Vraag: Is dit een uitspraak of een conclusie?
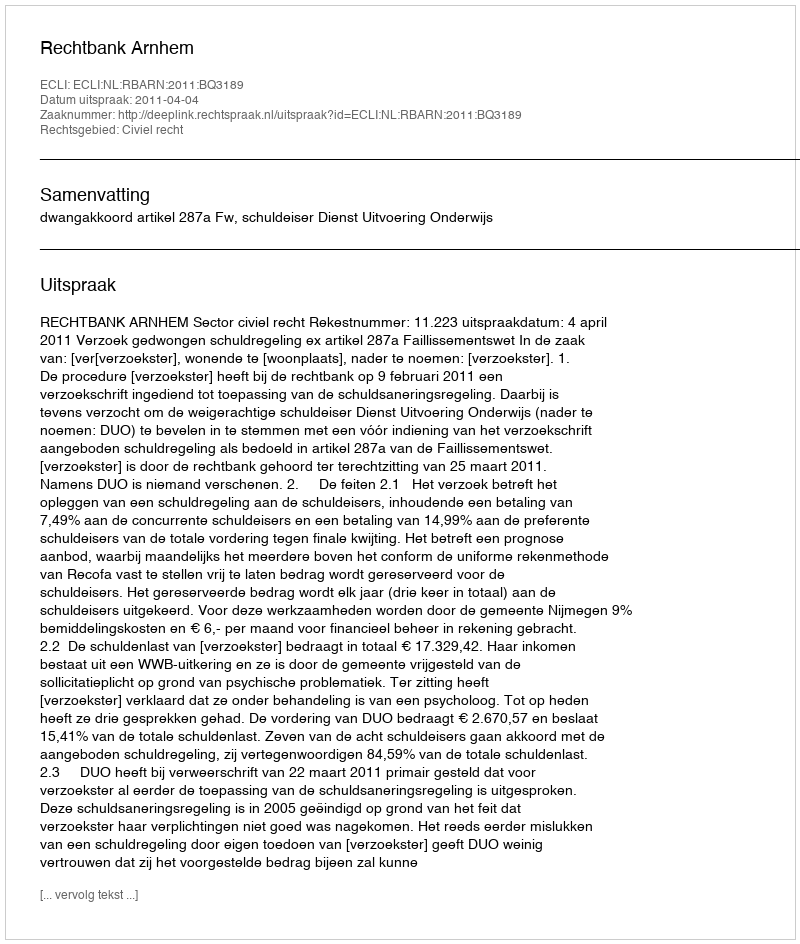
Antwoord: Uitspraak